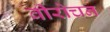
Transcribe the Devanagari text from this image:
वीरोचन